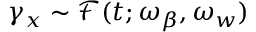
\gamma _ { x } \sim \mathcal { F } ( t ; \omega _ { \beta } , \omega _ { w } )